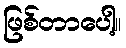
ဖြစ်တာပေါ့။